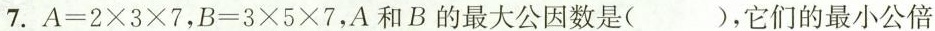
7.A=2×3×7，B=3×5×7，A和B的最大公因数是( )，它们的最小公倍